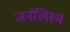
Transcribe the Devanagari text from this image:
जर्नलिस्म